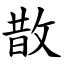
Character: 㪚